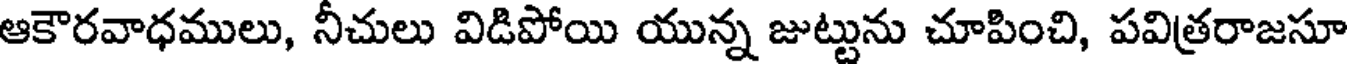
ఆకౌరవాధములు, నీచులు విడిపోయి యున్న జుట్టును చూపించి, పవిత్రరాజసూ